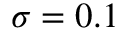
\sigma = 0 . 1